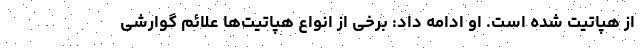
از هپاتیت شده است. او ادامه داد: برخی از انواع هپاتیت‌ها علائم گوارشی